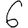
Digit: 6